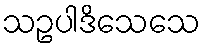
သဥပါဒိသေသေ